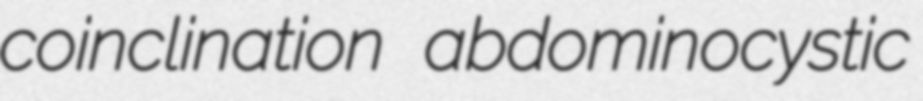
coinclination abdominocystic